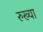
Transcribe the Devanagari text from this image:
रुख्या